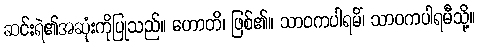
ဆင်းရဲ၏အဆုံးကိုပြုသည်။ ဟောတိ၊ ဖြစ်၏။ သာဝကပါရမိံ၊ သာဝကပါရမီသို့။